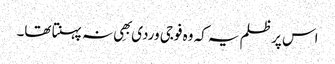
اس پر ظلم یہ کہ وہ فوجی وردی بھِی نہ پہنتا تھا۔